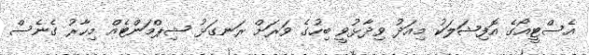
އެސްޓީއޯގެ އޮފިޝަލަކު މިއަދު ވިދާޅުވީ ބިހުގެ ވަރަށް ރަނގަޅު ޝިޕްމަންޓެއް މިހާރު ގެނެސް